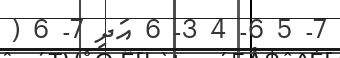
7- 5 6- 4 3- 6 އަދި 7- 6 (